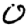
Digit: 0